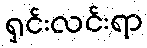
ရှင်းလင်းရာ